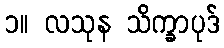
၁။ လသုန သိက္ခာပုဒ်